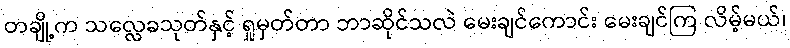
တချို့က သလ္လေခသုတ်နှင့် ရှုမှတ်တာ ဘာဆိုင်သလဲ မေးချင်ကောင်း မေးချင်ကြ လိမ့်မယ်၊